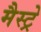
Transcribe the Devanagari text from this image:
मैस्ट्रे